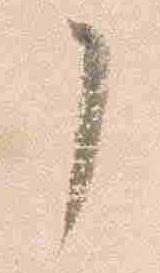
了